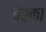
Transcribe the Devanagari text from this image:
बेरका